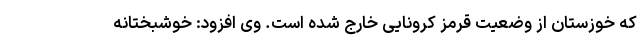
که خوزستان از وضعیت قرمز کرونایی خارج شده است. وی افزود: خوشبختانه